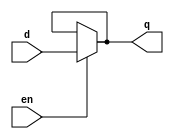
/**************************
    D Latch - Data Flow
**************************/

module dlatch_df(q,d,en);

input en,d;
output q;

assign q = en?d:q;

endmodule